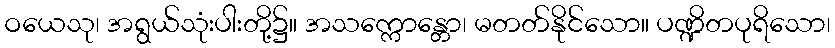
ဝယေသု၊ အရွယ်သုံးပါးတို့၌။ အသက္ကောန္တော၊ မတတ်နိုင်သော။ ပဏ္ဍိတပုရိသော၊